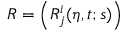
R = \left( R _ { j } ^ { i } ( \eta , t ; s ) \right)